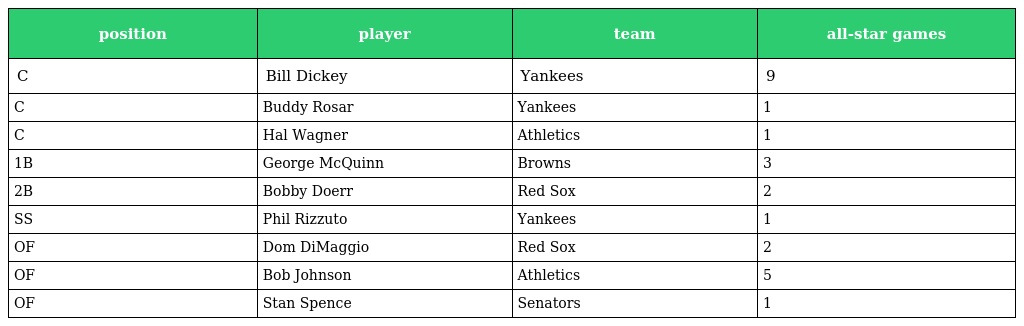
| position | player | team | all-star games |
 | --- | --- | --- | --- |
 | C | Bill Dickey | Yankees | 9 |
 | C | Buddy Rosar | Yankees | 1 |
 | C | Hal Wagner | Athletics | 1 |
 | 1B | George McQuinn | Browns | 3 |
 | 2B | Bobby Doerr | Red Sox | 2 |
 | SS | Phil Rizzuto | Yankees | 1 |
 | OF | Dom DiMaggio | Red Sox | 2 |
 | OF | Bob Johnson | Athletics | 5 |
 | OF | Stan Spence | Senators | 1 |